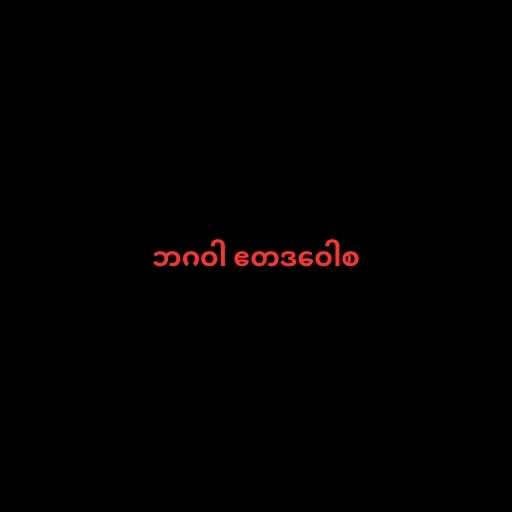
ဘဂဝါ ဧတဒဝေါစ